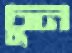
চুন